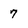
Character: 7